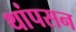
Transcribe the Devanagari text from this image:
थांपसन